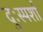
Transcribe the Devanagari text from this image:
दुःस्पर्शा